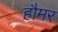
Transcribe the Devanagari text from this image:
हौमर